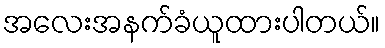
အလေးအနက်ခံယူထားပါတယ်။